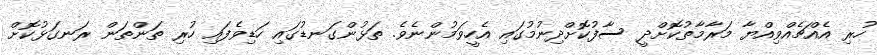
ހުރި އެއްޗެއްވިއްޔާ މަރާމާތުކޮށްދީ ސާފުކޮށްދިނުމުގައި އެހީވަމުންނެވެ. ތަޅުންގަނޑުގައި ހަޑިވެފައި ހުރި ތަންތަން ރަނގަޅުކޮށް